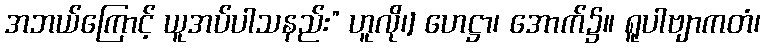
အဘယ်ကြောင့် ယူအပ်ပါသနည်း” ဟူလို၊] ဟေဋ္ဌာ၊ အောက်၌။ ရူပါဗျာကတံ၊